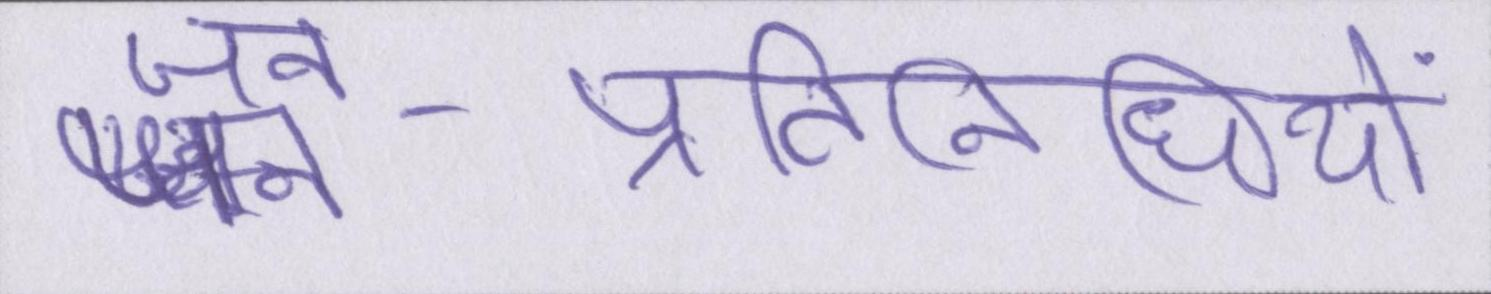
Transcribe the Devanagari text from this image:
जन-प्रतिनिधियों